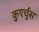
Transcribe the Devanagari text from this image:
क़ुएर्चुस